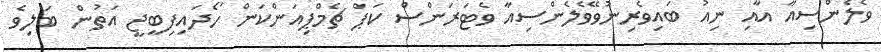
ވެލެންސިއާ އާއި ނިއު ބައިވެރިނުވޭވެލެންސިއާ ވެޓަރަންސް ކަޕް ޗެމްޕިއަންކަން ހޯދައިފިބީޖީ އަތުން ބަލިވެ